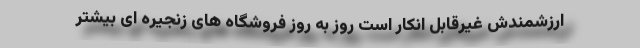
ارزشمندش غیرقابل انکار است روز به روز فروشگاه های زنجیره ای بیشتر